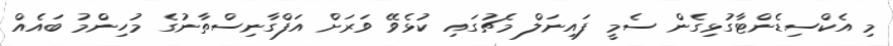
މި އެކްސިޑެންޓާގުޅިގެން ސެމީ ފައިނަލް މެޗުގައި ކުޅެވޭ ވަރަށް އަފްގާނިސްތާނުގެ މުހިންމު ބައެއް